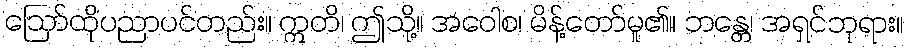
ဩော်ထိုပညာပင်တည်း။ ဣတိ၊ ဤသို့။ အဝေါစ၊ မိန့်တော်မူ၏။ ဘန္တေ၊ အရှင်ဘုရား။